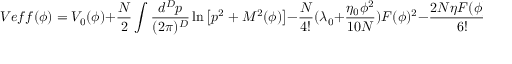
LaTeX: V e f f ( \phi ) = V _ { 0 } ( \phi ) + \frac { N } { 2 } \int \frac { d ^ { D } p } { ( 2 \pi ) ^ { D } } \ln \left[ p ^ { 2 } + M ^ { 2 } ( \phi ) \right] - \frac { N } { 4 ! } ( \lambda _ { 0 } + \frac { \eta _ { 0 } \phi ^ { 2 } } { 1 0 N } ) F ( \phi ) ^ { 2 } - \frac { 2 N \eta F ( \phi ) ^ { 3 } } { 6 ! } .